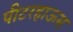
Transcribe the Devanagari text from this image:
पीटरहाऊस